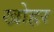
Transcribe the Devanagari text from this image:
खोहर